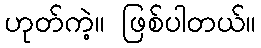
ဟုတ်ကဲ့။ ဖြစ်ပါတယ်။